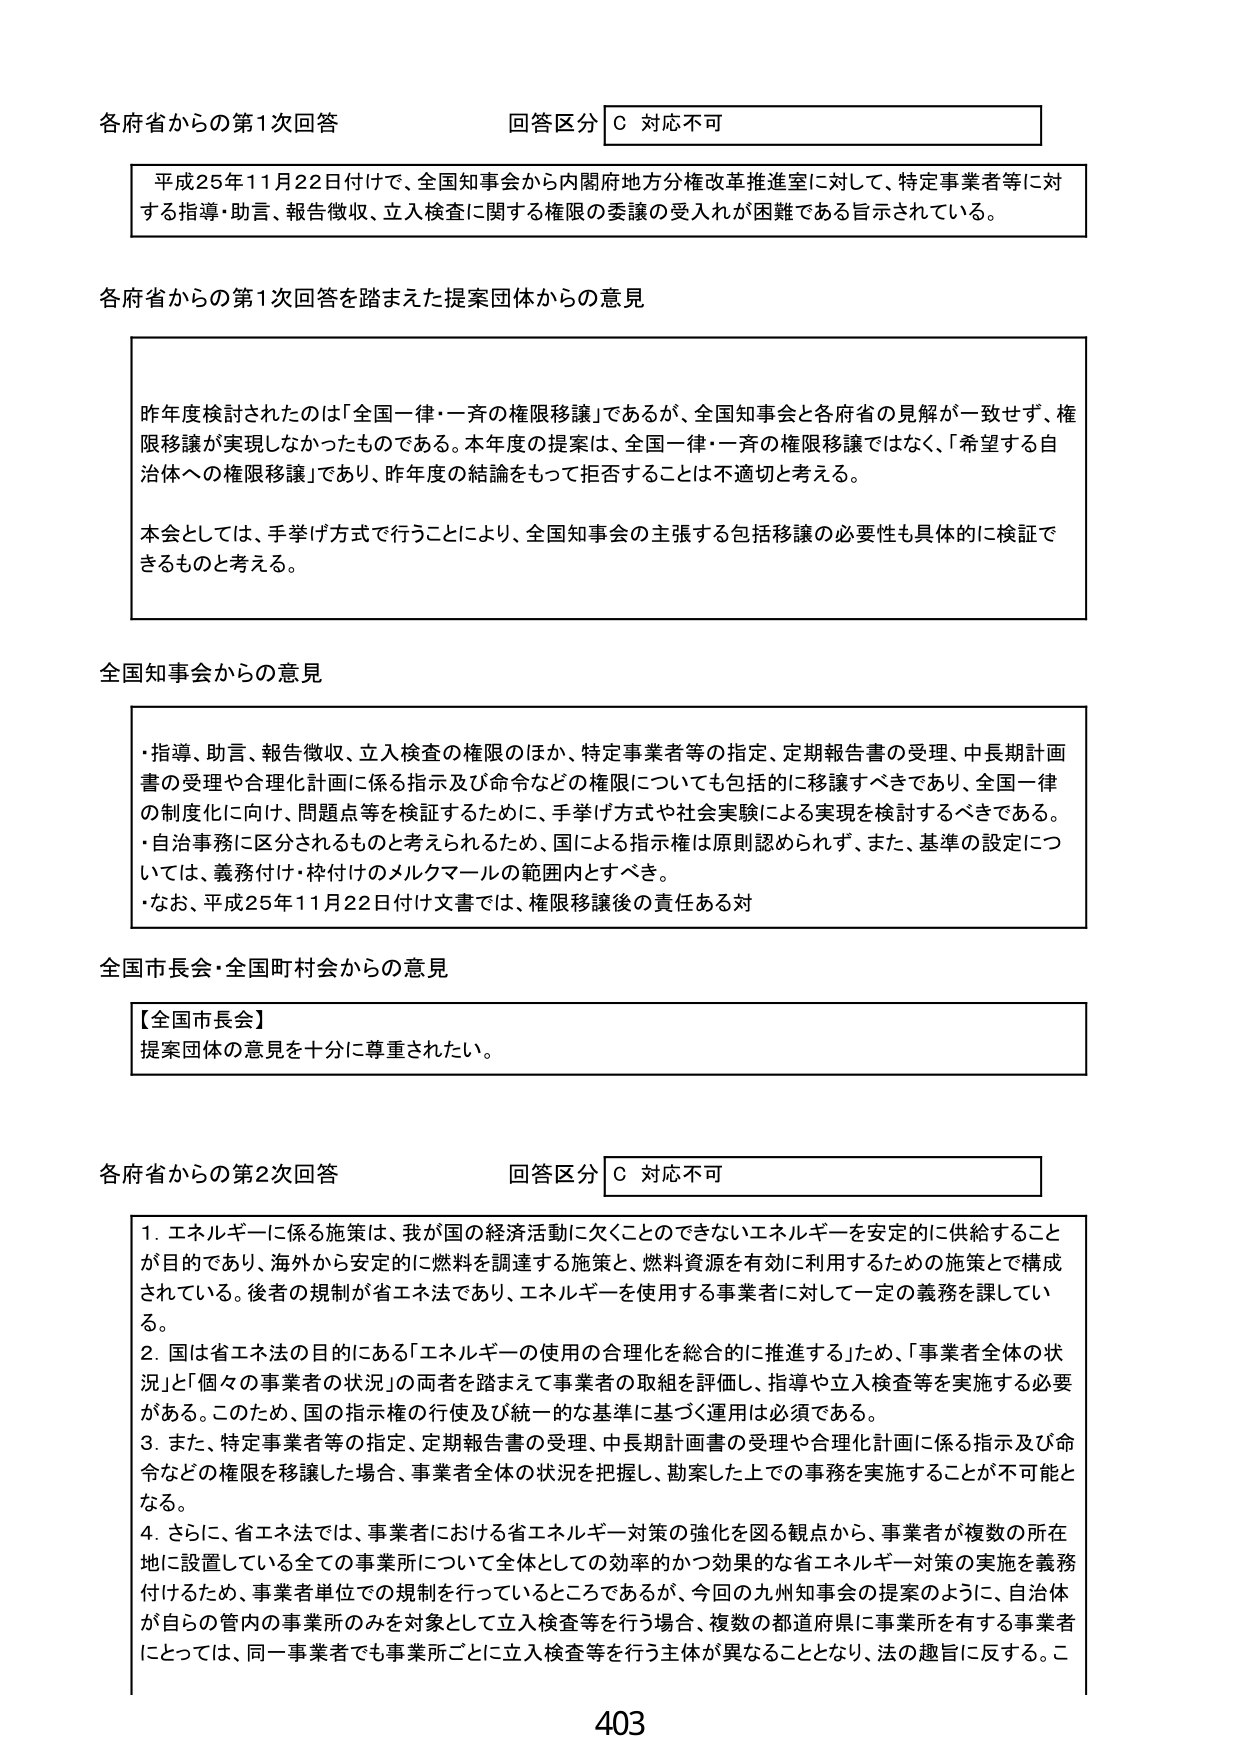
各府省からの第1次回答
回答区分 C 対応不可

平成25年11月22日付けで、全国知事会から内閣府地方分権改革推進室に対して、特定事業者等に対する指導・助言、報告徴収、立入検査に関する権限の委譲の受入れが困難である旨示されている。

各府省からの第1次回答を踏まえた提案団体からの意見

昨年度検討されたのは「全国一律・一斉の権限移譲」であるが、全国知事会と各府省の見解が一致せず、権限移譲が実現しなかったものである。本年度の提案は、全国一律・一斉の権限移譲ではなく、「希望する自治体への権限移譲」であり、昨年度の結論をもって拒否することは不適切と考える。

本会としては、手挙げ方式で行うことにより、全国知事会の主張する包括移譲の必要性も具体的に検証できるものと考える。

全国知事会からの意見

・指導、助言、報告徴収、立入検査の権限のほか、特定事業者等の指定、定期報告書の受理、中長期計画書の受理や合理化計画に係る指示及び命令などの権限についても包括的に移譲すべきであり、全国一律の制度化に向け、問題点等を検証するために、手挙げ方式や社会実験による実現を検討すべきである。
・自治事務に区分されるものと考えられるため、国による指示権は原則認められず、また、基準の設定については、義務付け・枠付けのメルクマールの範囲内とすべき。
・なお、平成25年11月22日付け文書では、権限移譲後の責任ある対

全国市長会・全国町村会からの意見

【全国市長会】
提案団体の意見を十分に尊重されたい。

各府省からの第2次回答
回答区分 C 対応不可

1. エネルギーに係る施策は、我が国の経済活動に欠くことのできないエネルギーを安定的に供給することが目的であり、海外から安定的に燃料を調達する施策と、燃料資源を有効に利用するための施策とで構成されている。後者の規制が省エネ法であり、エネルギーを使用する事業者に対して一定の義務を課している。
2. 国は省エネ法の目的にある「エネルギーの使用の合理化を総合的に推進する」ため、「事業者全体の状況」と「個々の事業者の状況」の両者を踏まえて事業者の取組を評価し、指導や立入検査等を実施する必要がある。このため、国の指示権の行使及び統一的な基準に基づく運用は必須である。
3. また、特定事業者等の指定、定期報告書の受理、中長期計画書の受理や合理化計画に係る指示及び命令などの権限を移譲した場合、事業者全体の状況を把握し、勘案した上での事務を実施することが不可能となる。
4. さらに、省エネ法では、事業者における省エネルギー対策の強化を図る観点から、事業者が複数の所在地に設置している全ての事業所について全体としての効率的かつ効果的な省エネルギー対策の実施を義務付けるため、事業者単位での規制を行っているところであるが、今回の九州知事会の提案のように、自治体が自らの管内の事業所のみを対象として立入検査等を行う場合、複数の都道府県に事業所を有する事業者にとっては、同一事業者でも事業所ごとに立入検査等を行う主体が異なることとなり、法の趣旨に反する。こ

403